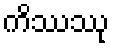
ကိဿဿု